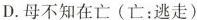
D.母不知在亡(亡：逃走)